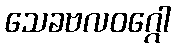
သေခဗလဝဂ္ဂေါ